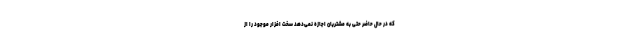
که در حال حاضر حتی به مشتریان اجازه نمی‌دهد سخت افزار موجود را از